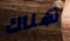
هناك